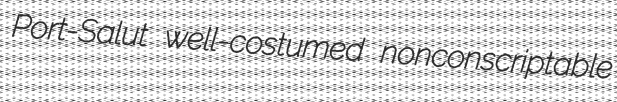
Port-Salut well-costumed nonconscriptable